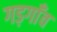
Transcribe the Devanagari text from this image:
गड़गाँव